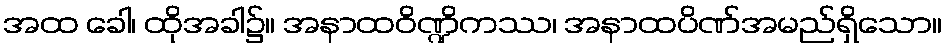
အထ ခေါ၊ ထိုအခါ၌။ အနာထဝိဏ္ဍိကဿ၊ အနာထပိဏ်အမည်ရှိသော။